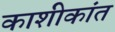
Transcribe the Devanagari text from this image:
काशीकांत